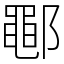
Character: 鄳